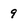
Character: 9